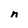
Character: n